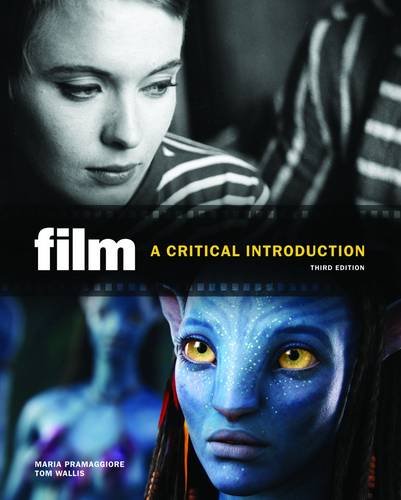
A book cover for Film: A Critical Introduction. Maria Pramaggiore, Tom Wallis; Maria Pramaggiore; Humor & Entertainment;